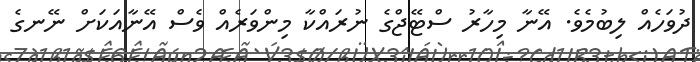
ދުވަހެއް ލިބުމެވެ. އޭނާ މިހާރު ސްޓޭޖްގެ ނުރައްކާ މިންވަރެއް ވެސް އޭނާއަކަށް ނޭނގެ